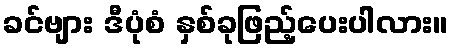
ခင်ဗျား ဒီပုံစံ နှစ်ခုဖြည့်ပေးပါလား။